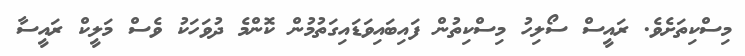
މިސްކިތަށެވެ. ރައީސް ސޯލިހު މިސްކިތުން ފައިބައިވަޑައިގަތުމުން ކޮންމެ ދުވަހަކު ވެސް މަލީކް ރައީސާ